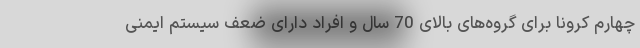
چهارم کرونا برای گروه‌های بالای 70 سال و افراد دارای ضعف سیستم ایمنی